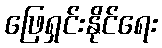
ဖြေရှင်းနိုင်ရေး